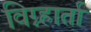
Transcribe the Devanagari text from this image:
विग्न्हार्ता